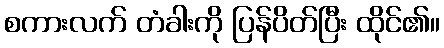
စကားလက် တံခါးကို ပြန်ပိတ်ပြီး ထိုင်၏။